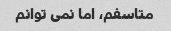
متاسفم، اما نمی توانم